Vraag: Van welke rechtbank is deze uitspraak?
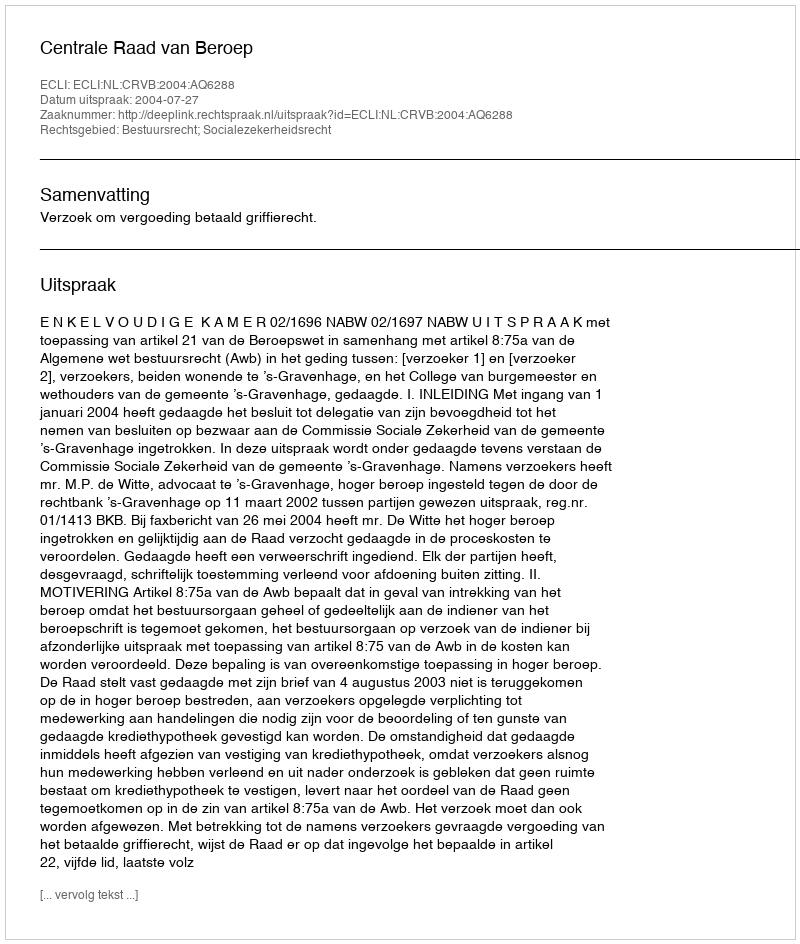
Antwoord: Centrale Raad van Beroep